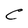
Character: C